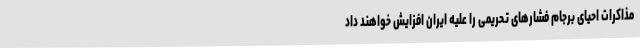
مذاکرات احیای برجام فشارهای تحریمی را علیه ایران افزایش خواهند داد